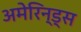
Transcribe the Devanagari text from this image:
अमेरिन्ड्स